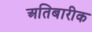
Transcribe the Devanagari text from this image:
अतिबारीक